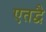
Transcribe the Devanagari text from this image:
एतद्वै